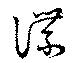
諜